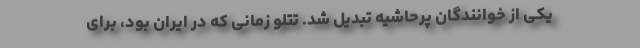
یکی از خوانندگان پرحاشیه تبدیل شد. تتلو زمانی که در ایران بود، برای